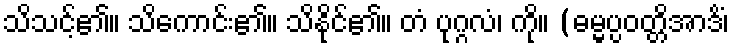
သိသင့်၏။ သိကောင်း၏။ သိနိုင်၏။ တံ ပုဂ္ဂလံ၊ ကို။ (ဓမ္မပ္ပဝတ္တိအာဒိံ၊